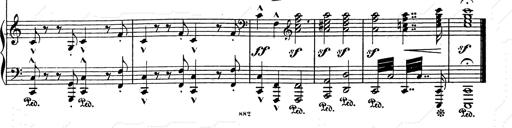
Title: Festvorspiel
Composer: Franz Liszt